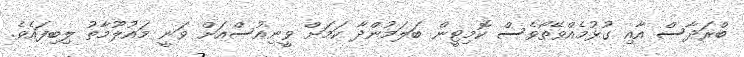
ބްރަދާސް އާއި ގުޅުމެއްވޭތޯވެސް ކޮމިޓީން ބަލަމުންދާ ކަމަށް ވީނިއުސްއަށް ވަނީ މައުލޫމާތު ލިބިފައެވެ.